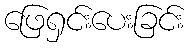
ဖြေရှင်းပေးခြင်း